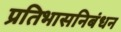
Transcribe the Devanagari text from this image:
प्रतिभासनिबंधन